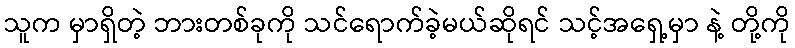
သူက မှာရှိတဲ့ ဘားတစ်ခုကို သင်ရောက်ခဲ့မယ်ဆိုရင် သင့်အရှေ့မှာ နဲ့ တို့ကို